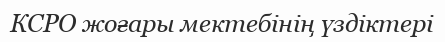
КСРО жоғары мектебінің үздіктері